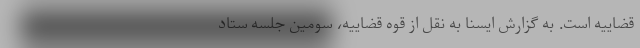
قضاییه است. به گزارش ایسنا به نقل از قوه قضاییه، سومین جلسه ستاد